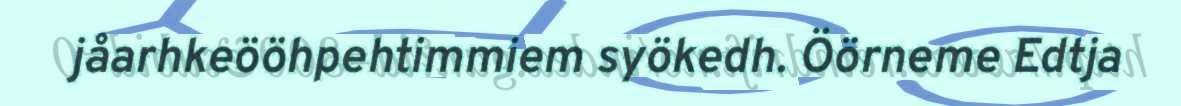
jåarhkeööhpehtimmiem syökedh. Öörneme Edtja